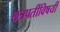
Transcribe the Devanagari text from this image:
छत्रपतींविषयी